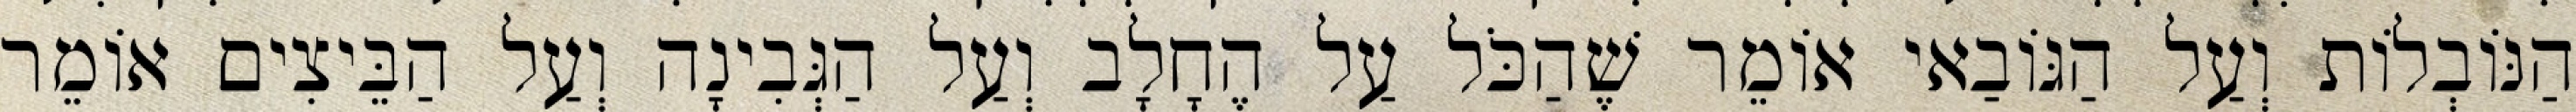
הַנּוֹבְלוֹת וְעַל הַגּוֹבַאי אוֹמֵר שֶׁהַכֹּל עַל הֶחָלָב וְעַל הַגְּבִינָה וְעַל הַבֵּיצִים אוֹמֵר